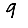
Digit: 9